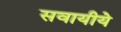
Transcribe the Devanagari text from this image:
सवायीये